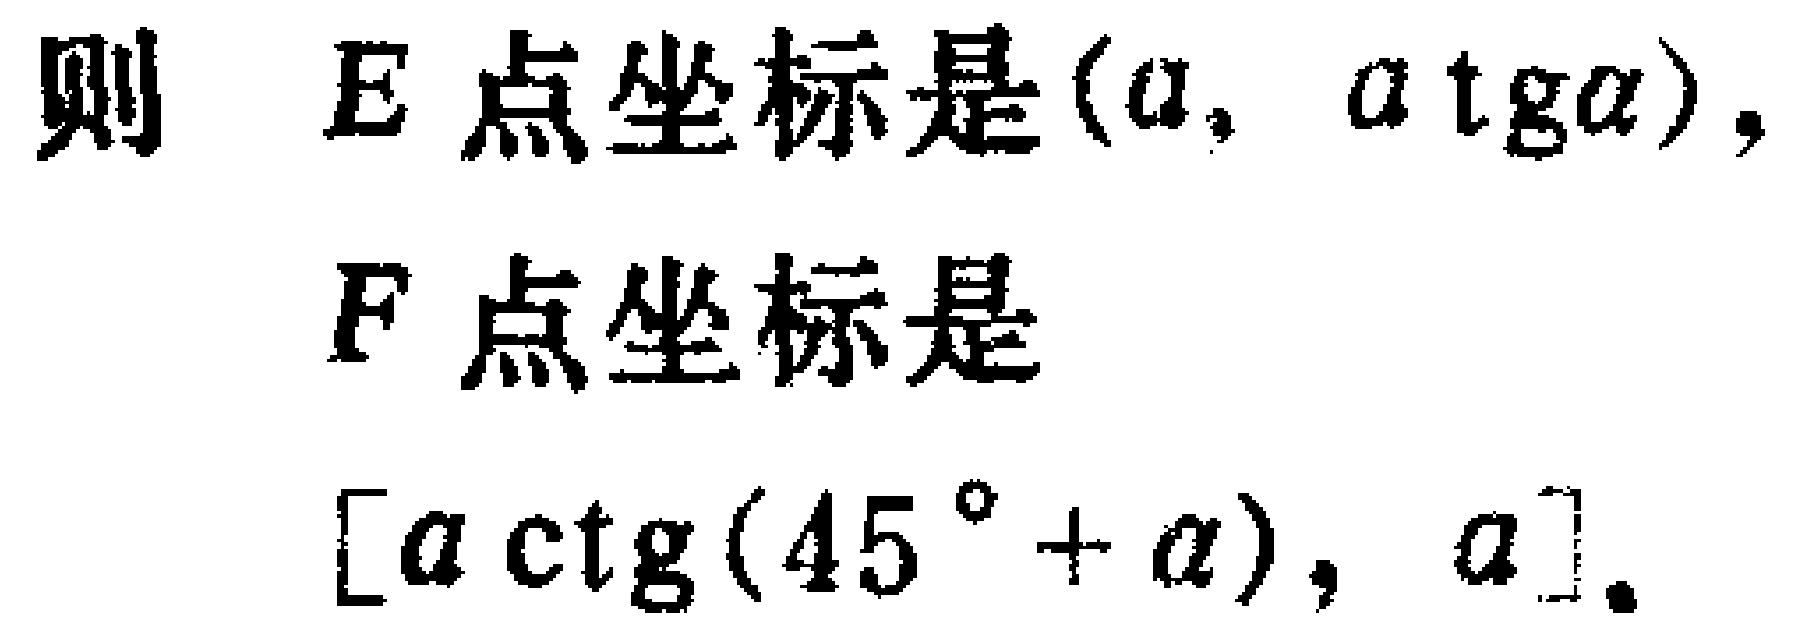
则 \(E\) 点坐标是\((a, a\mathrm{tg}\alpha)\)，

\(F\) 点坐标是

\([a\mathrm{ctg}(45^{\circ}+\alpha), a]\)。